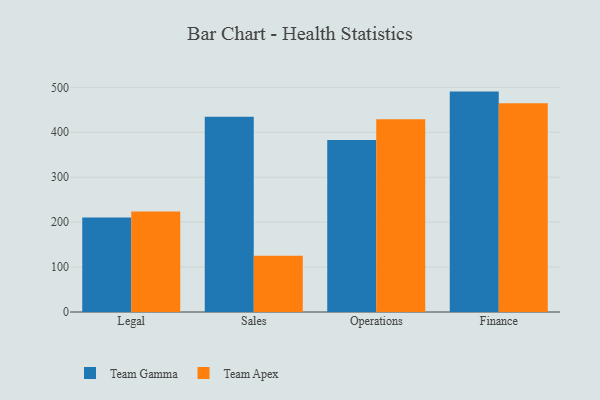
{"axis": {"x": "Department", "y": "Energy Usage (MWh)"}, "legend": ["Team Apex", "Team Gamma"], "data": [{"x": "Legal", "y": 210.3, "type": "Team Gamma"}, {"x": "Legal", "y": 223.9, "type": "Team Apex"}, {"x": "Sales", "y": 434.6, "type": "Team Gamma"}, {"x": "Sales", "y": 125.1, "type": "Team Apex"}, {"x": "Operations", "y": 382.8, "type": "Team Gamma"}, {"x": "Operations", "y": 428.7, "type": "Team Apex"}, {"x": "Finance", "y": 490.5, "type": "Team Gamma"}, {"x": "Finance", "y": 464.4, "type": "Team Apex"}]}